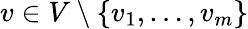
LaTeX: v\in V\setminus\{ v_{1},\dots,v_{m}\}